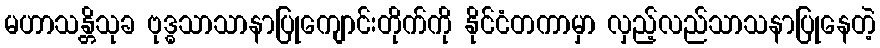
မဟာသန္တိသုခ ဗုဒ္ဓသာသာနာပြုကျောင်းတိုက်ကို နိုင်ငံတကာမှာ လှည့်လည်သာသနာပြုနေတဲ့